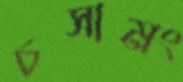
চসামং